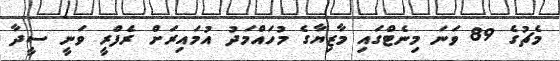
މެޗުގެ 89 ވަނަ މިނެޓްގައި މާޒިޔާގެ މުހައްމަދު އުމައިރަށް ރެފްރީ ވަނީ ސީދާ